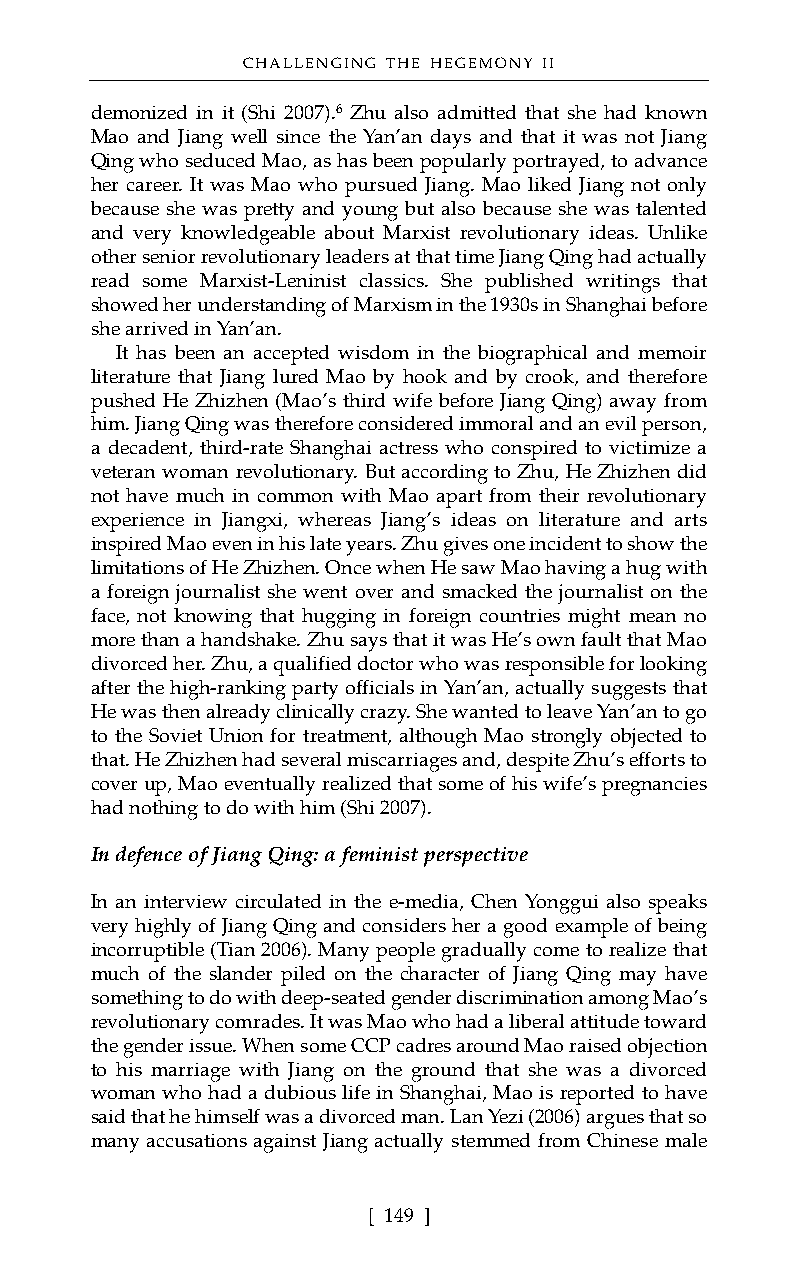
CHALLENGING THE HEGEMONY II
 demonized in it (Shi 2007).6 Zhu also admitted that she had known
 Mao and Jiang well since the Yan’an days and that it was not Jiang
 Qing who seduced Mao, as has been popularly portrayed, to advance
 her career. It was Mao who pursued Jiang. Mao liked Jiang not only
 because she was pretty and young but also because she was talented
 and very knowledgeable about Marxist revolutionary ideas. Unlike
 other senior revolutionary leaders at that time Jiang Qing had actually
 read some Marxist-Leninist classics. She published writings that
 showed her understanding of Marxism in the 1930s in Shanghai before
 she arrived in Yan’an.
 It has been an accepted wisdom in the biographical and memoir
 literature that Jiang lured Mao by hook and by crook, and therefore
 pushed He Zhizhen (Mao’s third wife before Jiang Qing) away from
 him. Jiang Qing was therefore considered immoral and an evil person,
 a decadent, third-rate Shanghai actress who conspired to victimize a
 veteran woman revolutionary. But according to Zhu, He Zhizhen did
 not have much in common with Mao apart from their revolutionary
 experience in Jiangxi, whereas Jiang’s ideas on literature and arts
 inspired Mao even in his late years. Zhu gives one incident to show the
 limitations of He Zhizhen. Once when He saw Mao having a hug with
 a foreign journalist she went over and smacked the journalist on the
 face, not knowing that hugging in foreign countries might mean no
 more than a handshake. Zhu says that it was He’s own fault that Mao
 divorced her. Zhu, a qualified doctor who was responsible for looking
 after the high-ranking party officials in Yan’an, actually suggests that
 He was then already clinically crazy. She wanted to leave Yan’an to go
 to the Soviet Union for treatment, although Mao strongly objected to
 that. He Zhizhen had several miscarriages and, despite Zhu’s efforts to
 cover up, Mao eventually realized that some of his wife’s pregnancies
 had nothing to do with him (Shi 2007).
 In defence of Jiang Qing: a feminist perspective
 In an interview circulated in the e-media, Chen Yonggui also speaks
 very highly of Jiang Qing and considers her a good example of being
 incorruptible (Tian 2006). Many people gradually come to realize that
 much of the slander piled on the character of Jiang Qing may have
 something to do with deep-seated gender discrimination among Mao’s
 revolutionary comrades. It was Mao who had a liberal attitude toward
 the gender issue. When some CCP cadres around Mao raised objection
 to his marriage with Jiang on the ground that she was a divorced
 woman who had a dubious life in Shanghai, Mao is reported to have
 said that he himself was a divorced man. Lan Yezi (2006) argues that so
 many accusations against Jiang actually stemmed from Chinese male
 [ 149 ]